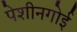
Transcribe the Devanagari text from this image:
पेशीनगोई